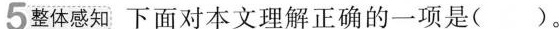
5整体感知 下面对本文理解正确的一项是( )。